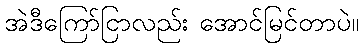
အဲဒီကြော်ငြာလည်း အောင်မြင်တာပဲ။